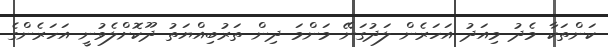
ކަންތަކާ މެދު މިއަދު އަހަރެން ލަދުގަނޭ މަންމަ ދިން ތަރުބިއްޔަތު ދޫކޮށްލެވުނީ އަހަރެންގެ